Calcutta medical institutions reports 1892-1900
Year: 1892
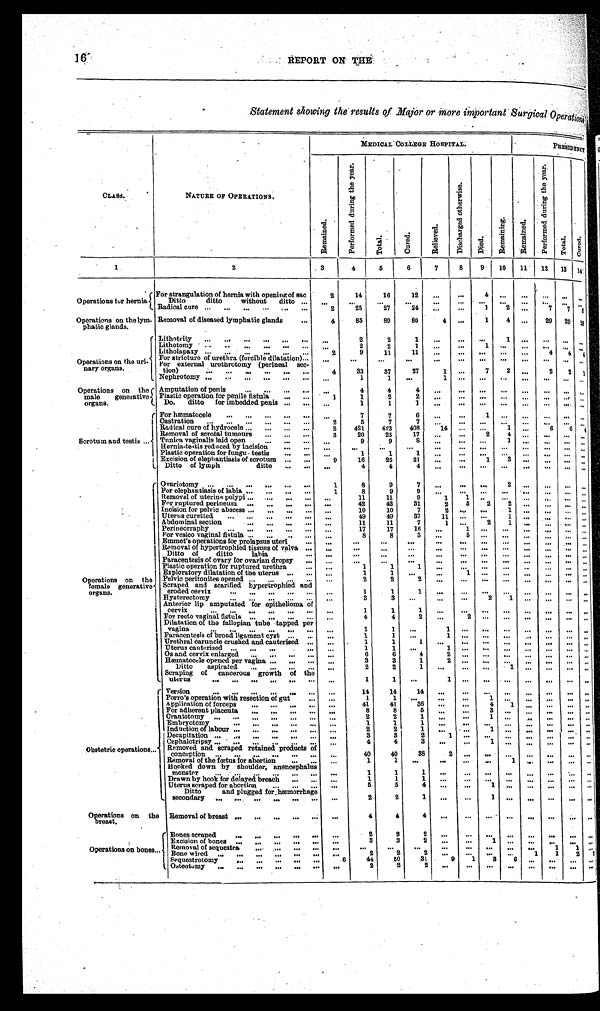
I 6'
REPORT ON THE
Statement showing the results of Major or more important Surgical Operations
CLASS.
NATURE OF OPERATIONS.
MEDICAL COLLEGE HOSPITAL.
P R E S I D E N C Y
R e m a i n e d .
P e r f o r m e d d u r i n g t h e y e a r .
T o t a l . C u r e d .
R e l i e v e d .
D i s c h a r g e d o t h e r w i s e .
D i e d .
R e m a i n i n g .
R e m a i n e d .
P e r f o r m e d d u r i n g t h e y e a r .
T o t a l .
C u r e d .
1
2
3
4
5
6
7
8
9 10 11 12 13 14
Operations for hernia
For strangulation of hernia with opening of sac
2
14
16
12
. . .
. . .
4
. . .
. . .
. . . . . .
Ditto ditto without ditto . . .
. . .
. . .
. . .
. . .
. . .
. . .
. . .
. . .
. . .
. . . . . .
. . .
Radical cure . . .
2
25
27
24
. . .
. . .
1
2 . . .
7
7
6
Operations on the lym-
phatic glands.
Removal of diseased lymphatic glands . . .
4
85
89
80
4 . . .
1
4 . . .
29 29
2 8
Operations on the uri-
nary organs.
Lithotrity . . .
. . .
2
2
1
. . . . . .
. . . 1 . . .
. . .
. . .
. . .
Lithotomy . . .
. . .
2
2
1
. . .
. . .
1
. . . . . .
. . .
. . .
. . .
Litholapaxy . . .
2
9
11
11
. . .
. . .
. . .
. . . . . .
4 4
4
For stricture of urethra (forcible dilatation)
. . .
. . . . . .
. . .
. . .
. . .
. . .
. . .
. . . . . .
. . .
. . .
. . .
For external urethrotomy (perineal sec
-tion) . . .
4
33
37
27
1
. . . 7
2
. . .
2 2
1
Nephrotomy . . .
. . .
1
1
. . .
1
. . .
. . .
. . .
. . .
. . . . . .
. . .
Operations on the
male generative
organs.
Amputation of penis . . .
. . .
4
4
4
. . .
. . .
. . .
. . .
. . .
. . . . . .
. . .
Plastic operation for penile fistula . . .
1
1
2
2
. . .
. . .
. . .
. . .
. . .
. . . . . .
. . .
Do. ditto for imbedded penis . . .
. . .
1
1
1
. . .
. . .
. . .
. . .
. . .
. . .
. . .
. . .
Scrotum and testis . . .
For hæmatocele . . .
. . .
7
7
6
. . .
. . .
1
. . .
. . .
. . .
. . .
. . .
Castration . . .
2
5
7
7
. . .
. . .
. . .
. . .
. . .
. . .
. . .
. . .
Radical cure of hydrocele . . .
2
421
423
408
1 4
. . .
. . . 1 . . .
6 6
4
Removal of scrotal tumours . . .
3
2 0
2 3
1 7 . . .
. . .
2
4
. . .
. . .
. . .
. . .
Tunica vaginalis laid open . . .
9
9
8
. . .
. . .
. . .
1
. . .
. . .
. . .
. . .
Hernia-testis reduced by incision . . .
. . .
. . .
. . .
. . .
. . .
. . .
. . .
. . . . . .
. . . . . . . . .
Plastic operation for fungu testis . . .
. . .
1
1
1
. . .
. . .
. . .
. . . . . .
. . .
. . .
. . .
3
Excision of elephantiasis of scrotum . . .
9
16
25
21
. . .
. . .
1
. . .
. . .
. . .
. . .
Ditto of lymph ditto . . .
. . .
4
4
4
. . .
. . .
. . .
. . .
. . .
. . .
. . .
. . .
Operations on the
female generative
organs.
Ovariotomy . . .
1
8
9
7
. . . . . .
. . .
2 . . .
. . .
. . .
. . .
For elephantiasis of labia . . .
1
8
9
9
. . .
. . .
. . .
. . . . . .
. . .
. . .
. . .
Removal of uterine polypi . . .
. . .
11
11
9
1
1 . . .
. . .
. . .
. . .
. . .
. . .
31
5
2
2
For ruptured perineum . . .
. . .
42
42
2
. . .
. . .
. . .
. . .
Incision for pelvic abscess . . .
. . .
10
10
7
2
. . .
. . .
1 . . .
. . .
. . .
. . .
37
1
Uterus curetted . . .
. . .
49
49
11
. . .
. . .
. . .
. . .
. . .
. . .
1
Abdominal section . . .
. . .
1 1
]1
7
1
. . . 2
. . .
. . .
. . .
. . .
1
Perineorraphy . . .
. . .
17
17
16
. . .
. . .
. . . . . .
. . .
. . .
. . .
For vesico vaginal fistula . . .
. . .
8
8
3
. . .
5
. . .
. . . . . .
. . .
. . .
. . .
Emmet's operations for prolapsus uteri . . .
. . .
. . . . . .
. . .
. . .
. . .
. . .
. . . . . .
. . .
. . .
. . .
Removal of hypertrophied tissues of valva . . .
. . .
. . .
. . .
. . .
. . .
. . .
. . .
. . . . . .
. . .
. . .
. . .
Ditto of ditto labia . . .
. . .
. . .
. . .
. . .
. . .
. . .
. . .
. . . . . .
. . .
. . .
. . .
Paracentesis of ovary for ovarian dropsy . . .
. . .
. . .
. . .
. . .
. . .
. . .
. . .
. . . . . .
. . .
. . .
. . .
1
Plastic operation for ruptured urethra . . .
. . .
1
1
. . .
. . .
. . .
. . .
. . .
. . .
. . .
. . .
1
Exploratory dilatation of the uterus . . .
. . .
1
1
. . .
. . .
. . .
. . .
. . .
. . .
. . .
. . .
Pelvic peritonites opened . . .
. . .
2
2
2
. . .
. . .
. . .
. . . . . . . . .
. . .
. . .
Scraped and scarified hypertrophied and
eroded cervix . . .
. . .
1
1
1
. . .
. . .
. . .
. . . . . . . . .
. . .
. . .
Hysterectomy . . .
. . .
3
3
. . .
. . .
. . .
2
1 . . .
. . .
. . .
Anterior lip amputated for epithelioma of
cervix . . .
. . .
1
1
1
. . .
. . .
. . .
. . . . . . . . .
. . .
. . .
For recto vaginal fistula . . .
. . .
4
4
2
. . .
2
. . .
. . . . . . . . .
. . .
. . .
Dilatation of the fallopian tube tapped per
vagina . . .
. . .
1
1
. . .
1
. . .
. . .
. . . . . . . . .
. . .
. . .
Paracentesis of broad ligament cyst . . .
. . .
1
1
. . .
1
. . .
. . .
. . . . . . . . .
. . . . . .
Urethral ċaruncle crushed and cauterised . . .
. . .
1
1
1
. . .
. . .
. . .
. . . . . . . . .
. . . . . .
Uterus cauterised . . .
. . .
1
1
. . .
1
. . .
. . .
. . .
. . .
. . . . . . . . .
Os and cervix enlarged . . .
. . .
6
6
4
2
. . .
. . .
. . .
. . .
. . . . . . . . .
Hæmatocele opened per vagina
. . .Ditto aspirated . . .
. . .
3
2
3
2
1
1
2
. . .
. . .
. . .
. . .
. . .
. . .
1
. . .
. . .
. . .
. . .
. . .
. . . . . .
. . .
Scraping
uterus
of cancerous growth of the uterus
. . .
1
1
. . .
1 . . .
. . .
. . .
. . .
. . .
. . . . . .
Obstetric operations . . .
Version . . .
. . .
14
14
14
. . .
. . .
. . .
. . .
. . . . . . . . . . . .
Porro's operation with. resection of gut . . .
. . .
1
1 . . .
. . .
. . .
1
. . .
. . . . . .
. . .
. . .
36
4
Application of forceps . . .
. . .
41
41
. . .
. . .
1
. . . . . .
. . .
. . .
For adherent placenta . . .
. . .
8
8
5
. . .
. . .
3 . . .
. . .
. . .
. . . . . .
Craniotomy . . .
. . .
2
2
1
. . .
. . .
1 . . .
. . .
. . .
. . .
. . .
Embryotomy . . .
. . .
1
1
1
. . .
. . .
. . .
. . . . . . . . .
. . .
. . .
Induction of labour . . .
. . .
2
2
1
. . .
. . .
1 . . .
. . .
. . .
. . . . . .
1
Decapitation . . .
. . .
3
3
2
. . .
. . . . . .
. . .
. . .
. . . . . .
Cephalotripsy . . .
. . .
4
4
3
. . .
. . .
1
. . .
. . .
. . .
. . .
. . .
Removed and scraped retained products of
conception . . .
. . .
40
40
38
2
. . .
. . .
. . .
. . .
. . .
. . .
. . .
Removal of the fœtus for abortion . . .
. . .
1
1
. . .
. . . . . .
. . .
1
. . .
. . .
. . . . . .
Hooked down by shoulder, anencephalus
monster . . .
. . .
1
1
1
. . .
. . .
. . .
. . .
. . .
. . .
. . . . . .
1
. . .
. . .
. . .
. . .
. . .
. . .
. . . . . .
Drawn by hook for delayed breach . . .
. . .
1
1
5
5
4
. . .
. . .
1 . . .
. . .
. . . . . .
. . .
Uterus scraped for abortion . . .
. . .
Ditto and plugged for hæmorrhage
secondary . . .
. . .
2
2
1
. . .
. . .
1
. . .
. . .
. . . . . . . . .
Operations on the
breast.
Removal of breast . . .
. . .
4
4
4
. . .
. . .
. . .
. . .
. . .
. . .
. . . . . .
Operations on bones
. . .
Bones scraped . . .
. . .
2
2
2
. . .
. . .
. . .
. . .
. . .
. . .
. . . . . .
3
1
Excision of bones . . .
. . .
3
2
. . .
. . .
. . .
. . .
. . .
. . . . . .
1 . . .
1
Removal of sequestra . . .
. . .
. . .
. . .
. . .
. . .
. . .
. . .
. . .
. . .
2
2
2
1
1
2
2
Bone wired . . .
. . .
. . .
. . .
. . .
. . .
44
50
31
9
1
3
6
Sequestrotomy . . .
6
. . .
. . .
. . . . . .
2
2
2
Osteotomy . . .
. . .
. . .
. . .
. . .
. . .
. . .
. . .
. . . . . .